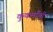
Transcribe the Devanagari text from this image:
कुकर्मांची